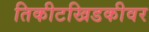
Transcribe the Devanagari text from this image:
तिकीटखिडकीवर